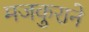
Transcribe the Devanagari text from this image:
मजकुराने